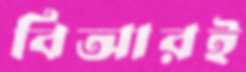
বিআরই